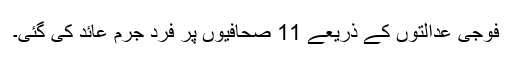
فوجی عدالتوں کے ذریعے 11 صحافیوں پر فرد جرم عائد کی گئی۔